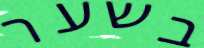
בשער